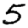
Digit: 5